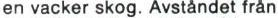
en vacker skog. Avståndet från